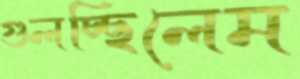
গুলচ্ছিলেম